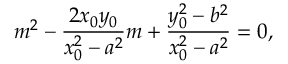
m ^ { 2 } - { \frac { 2 x _ { 0 } y _ { 0 } } { x _ { 0 } ^ { 2 } - a ^ { 2 } } } m + { \frac { y _ { 0 } ^ { 2 } - b ^ { 2 } } { x _ { 0 } ^ { 2 } - a ^ { 2 } } } = 0 ,